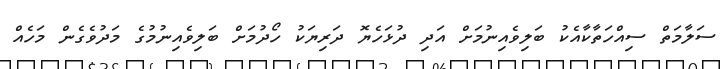
ސަލާމަތް ސިއްހަތާކާއެކު ބަލިވެއިނުމަށް އަދި ދުޅަހެޔޮ ދަރިޔަކު ހޯދުމަށް ބަލިވެއިނުމުގެ މަދުވެގެން މަހެއް